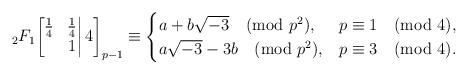
LaTeX: \begin{align*}{}_2F_1\bigg[\begin{matrix}\frac14&\frac14\\&1\end{matrix}\bigg|\,4\bigg]_{p-1}\equiv \begin{cases}a+b\sqrt{-3}\pmod{p^2},&p\equiv1\pmod{4},\\a\sqrt{-3}-3b\pmod{p^2},&p\equiv3\pmod{4}.\end{cases}\end{align*}